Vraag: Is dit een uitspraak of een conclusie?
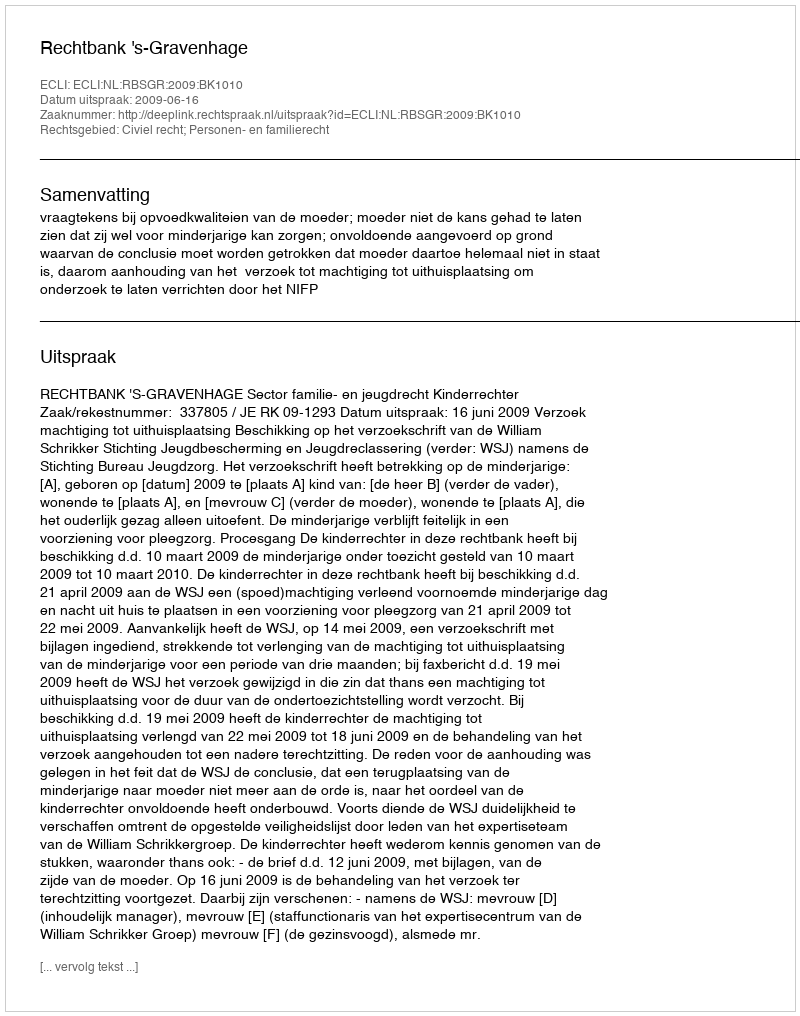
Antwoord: Uitspraak